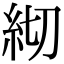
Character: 𥾛